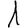
Digit: 1